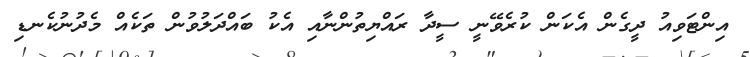
އިންޓަވިއު ދީގެން އެކަން ކުރެވޭނީ ސީދާ ރައްޔިތުންނާއި އެކު ބައްދަލުވުން ތަކެއް މެދުނުކެނޑި